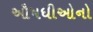
ઔષધીઓનો